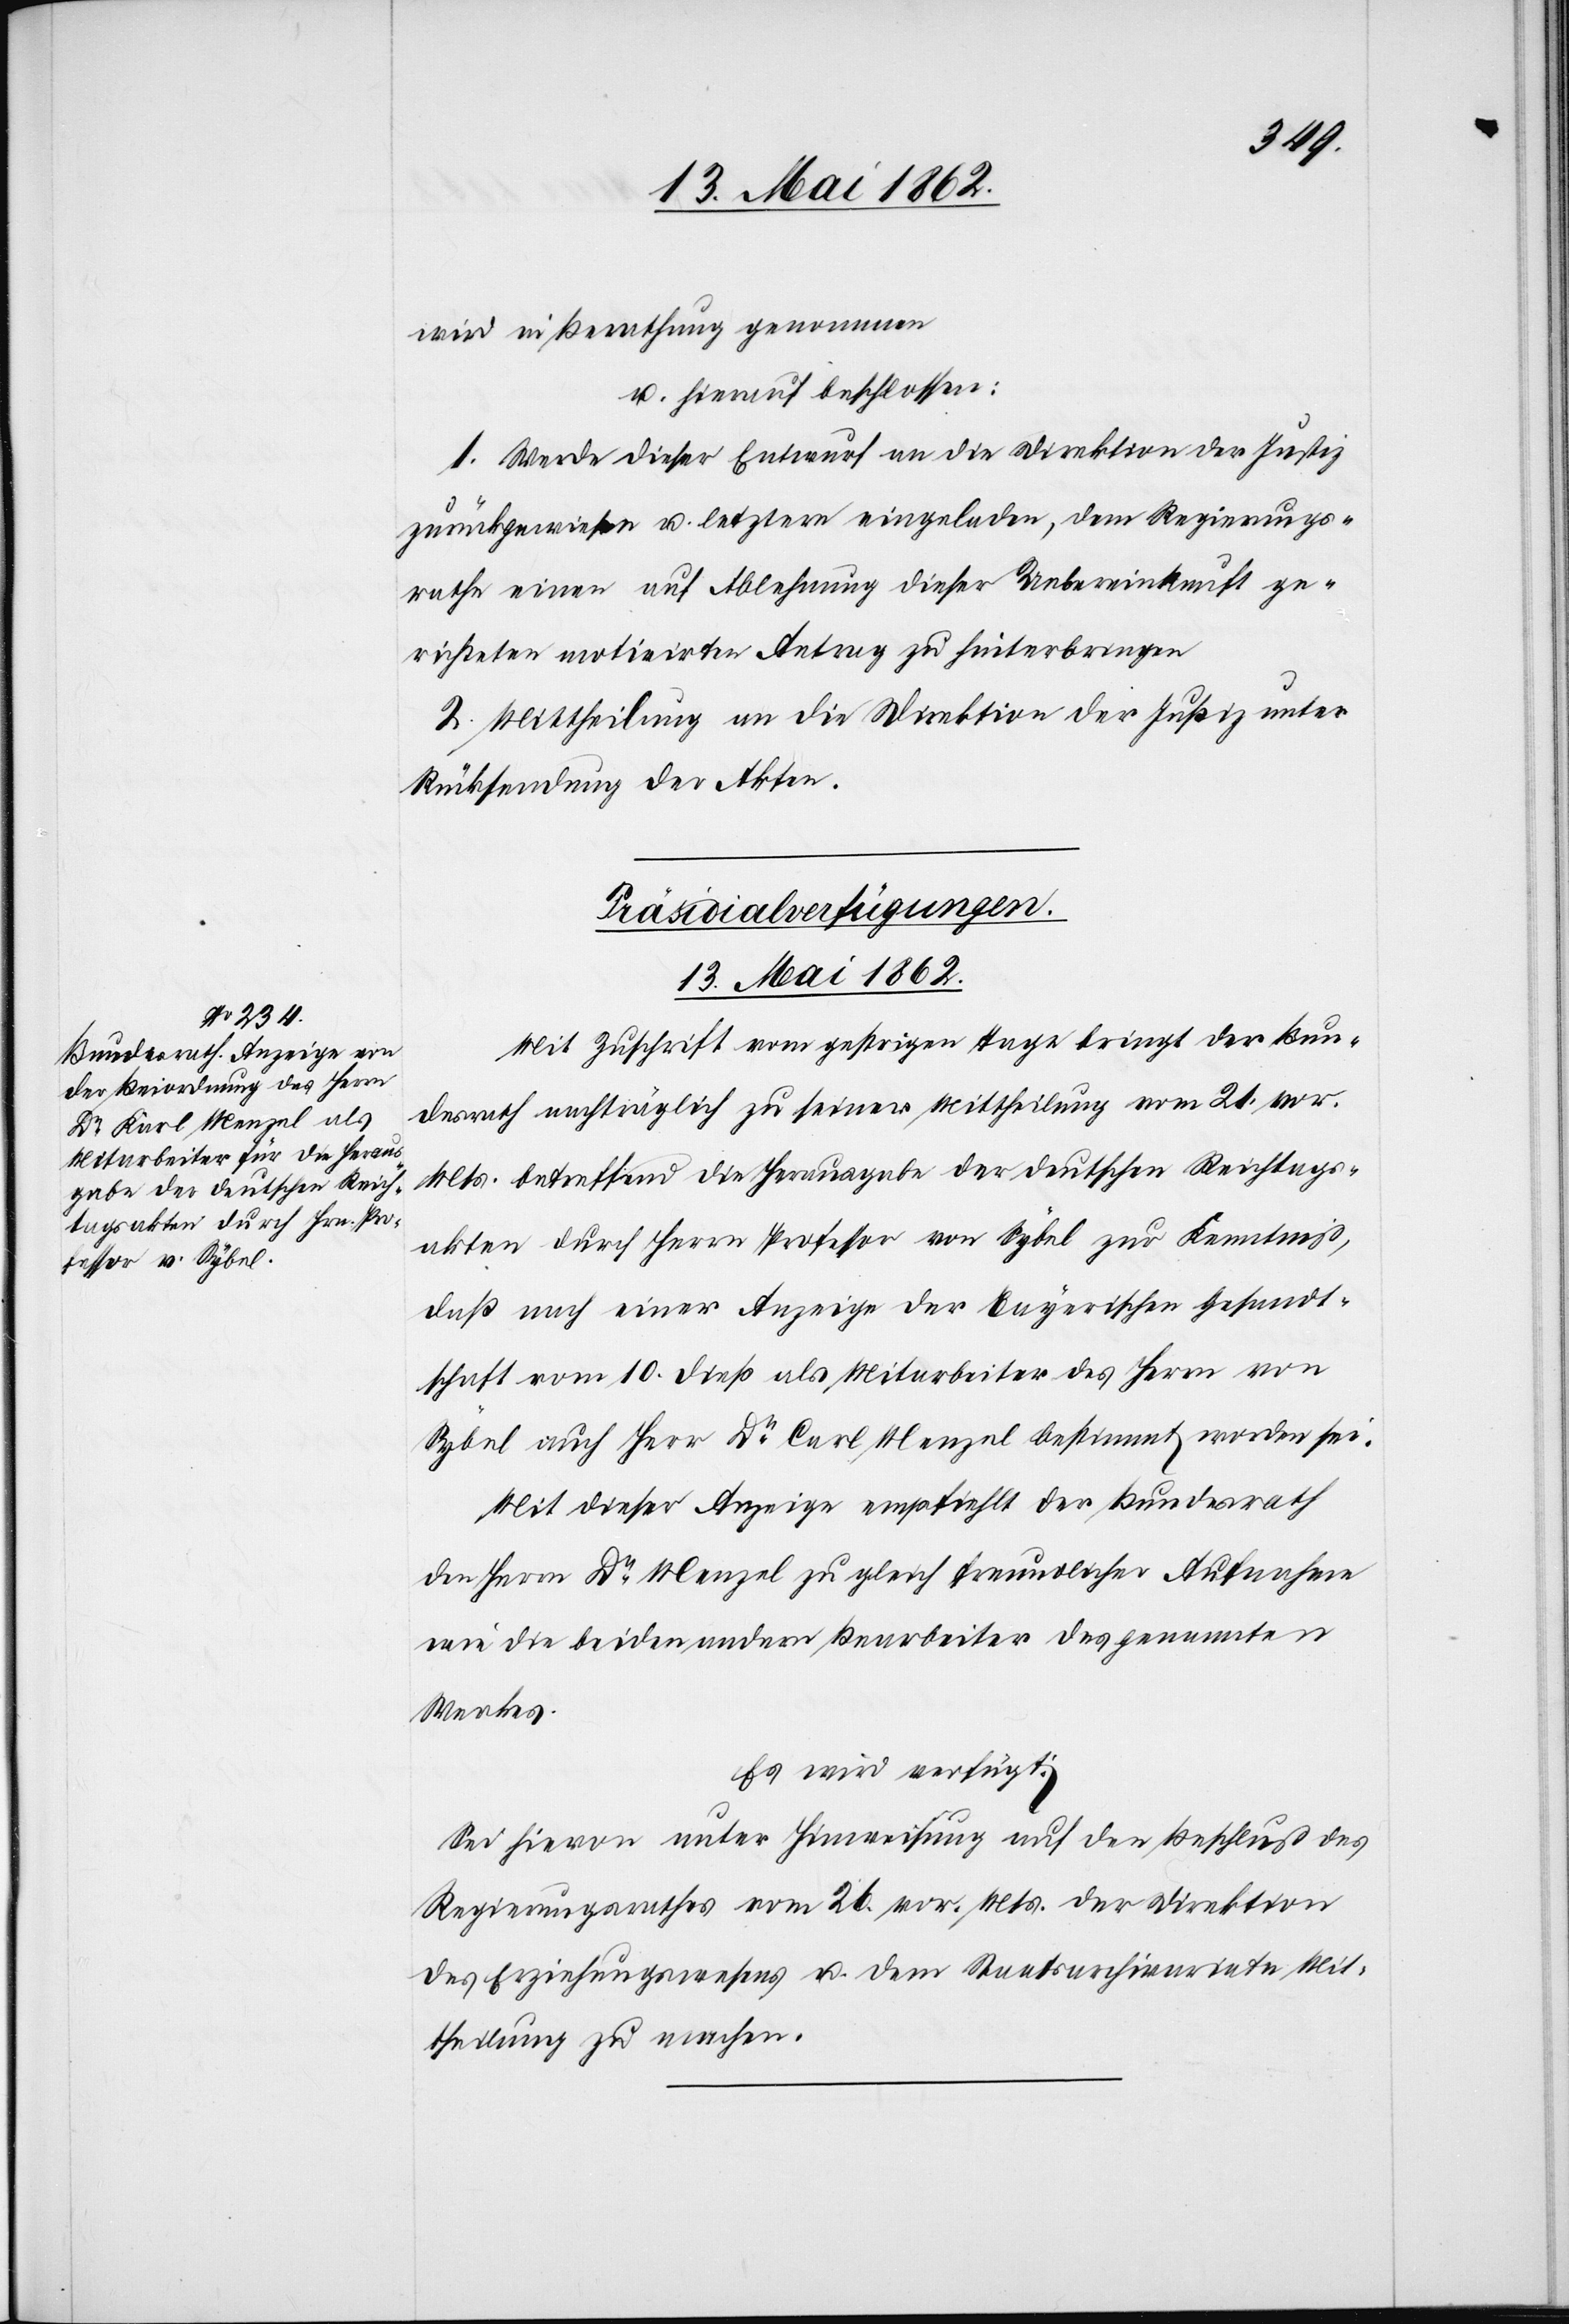
wird in Berathung genommen.
u. hierauf beschlossen:
1. Werde dieser Entwurf an die Direktion der Justiz
zurückgewiesen u. letztere eingeladen, dem Regierungs¬
rathe einen auf Ablehnung dieser Uebereinkunft ge¬
richteten motivirten Antrag zu hinterbringen.
2. Mittheilung an die Direktion der Justiz unter
Rücksendung der Akten.
Präsidialverfügungen.
13. Mai 1862.
Mit Zuschrift vom gestrigen Tage bringt der Bun¬
desrath nachträglich zu seiner Mittheilung vom 21. vor.
Mts. betreffend die Herausgabe der deutschen Reichtags¬
akten durch Herrn Professor von Sybel zur Kenntniß,
daß nach einer Anzeige der Bayerischen Gesandt¬
schaft vom 10. dieß als Mitarbeiter des Herrn von
Sybel auch Herr Dr. Carl Menzel bestimmt worden sei.
Mit dieser Anzeige empfiehlt der Bundesrath
den Herrn Dr. Menzel zu gleich freundlicher Aufnahme
wie die beiden andern Bearbeiter des genannten
Werkes.
Es wird verfügt:
Sei hievon unter Hinweisung auf den Beschluß des
Regierungsrathes vom 26. vor. Mts. der Direktion
des Erziehungswesens u. dem Staatsarchivariate Mit¬
theilung zu machen.